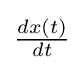
{\textstyle {\frac {dx(t)}{dt}}}